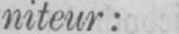
niteur: